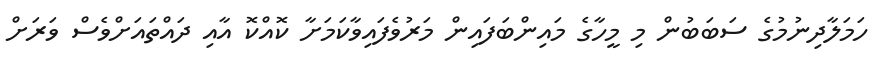
ހަމަލާދިނުމުގެ ސަބަބުން މި މީހާގެ މައިންބަފައިން މަރުވެފައިވާކަމަށާ ކޮއްކޮ އާއި ދައްތައަށްވެސް ވަރަށް